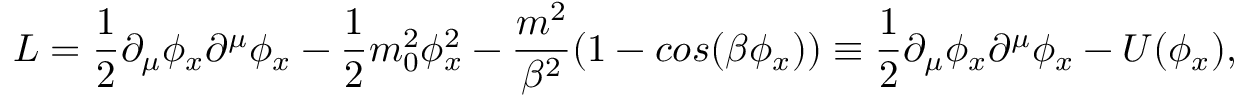
{ \cal L } = { \frac { 1 } { 2 } } \partial _ { \mu } \phi _ { x } \partial ^ { \mu } \phi _ { x } - { \frac { 1 } { 2 } } m _ { 0 } ^ { 2 } \phi _ { x } ^ { 2 } - { \frac { m ^ { 2 } } { \beta ^ { 2 } } } ( 1 - c o s ( \beta \phi _ { x } ) ) \equiv { \frac { 1 } { 2 } } \partial _ { \mu } \phi _ { x } \partial ^ { \mu } \phi _ { x } - U ( \phi _ { x } ) ,